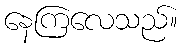
နေကြလေသည်။